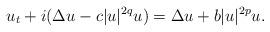
LaTeX: \begin{align*}u_t+i(\Delta u-c|u|^{2q}u)=\Delta u+b|u|^{2p}u.\end{align*}